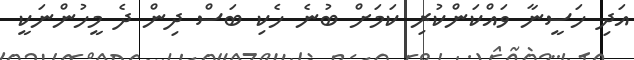
އަދި ހަސީނާ ވައްކަންކުރި ކަމަށް ބުނެ ހެކި ބަސް ދިން ދެ މީހުންނަކީ